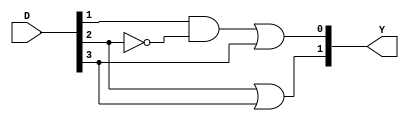
module Priority_Encoder_dataflow(
  input [3:0] D,
  output [1:0] Y
);
  assign Y[1] = D[2] | D[3];
  assign Y[0] = (D[1] & (~D[2])) | D[3];
endmodule